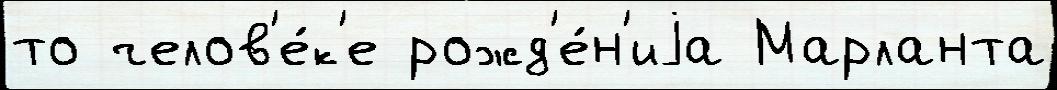
то челов'е́к'е рожд'е́н'иjа Марланта